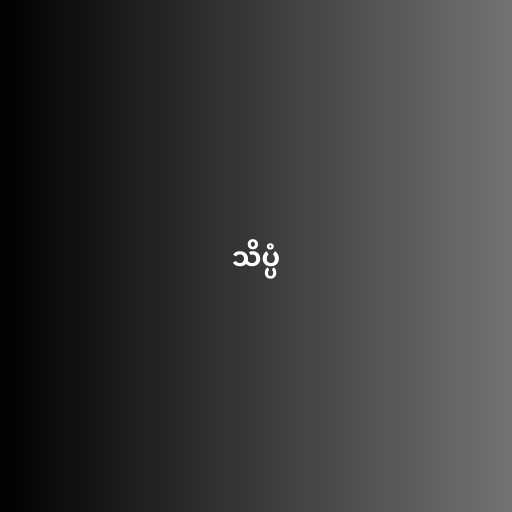
သိပ္ပံ